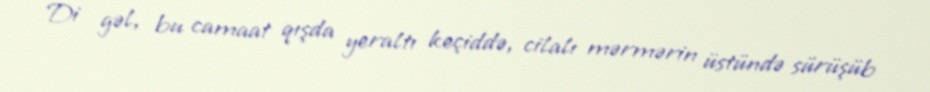
Di gəl, bu camaat qışda yeraltı keçiddə, cilalı mərmərin üstündə sürüşüb